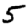
Digit: 5